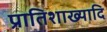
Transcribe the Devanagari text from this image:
प्रातिशाख्यादि